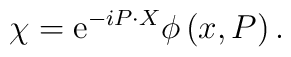
\chi = {\rm e}^{-i P \cdot X} \phi \left( x,P \right).